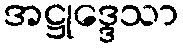
အဋ္ဌုဒ္ဒေသာ